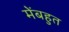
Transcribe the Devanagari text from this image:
मेंबहुत